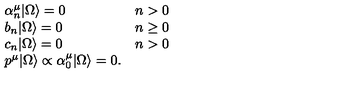
\left. \begin{array} { l c } { \alpha _ { n } ^ { \mu } | \Omega \rangle = 0 } & { n > 0 } \\ { b _ { n } | \Omega \rangle = 0 } & { n \ge 0 } \\ { c _ { n } | \Omega \rangle = 0 } & { n > 0 } \\ { p ^ { \mu } | \Omega \rangle \propto \alpha _ { 0 } ^ { \mu } | \Omega \rangle = 0 . } & { } \\ \end{array} \right.